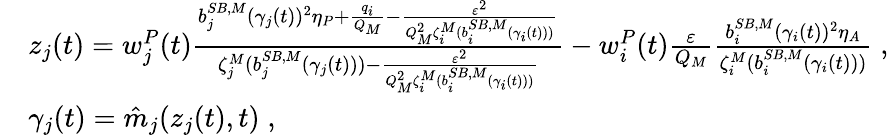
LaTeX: \begin{array}{rl}&{z_{j}(t)=w_{j}^{P}(t)\frac{{b}_{j}^{SB,M}(\gamma_{j}(t))^{2}\eta_{P}+\frac{q_{i}}{Q_{M}}-\frac{\varepsilon^{2}}{Q_{M}^{2}\zeta_{i}^{M}({b}_{i}^{SB,M}(\gamma_{i}(t)))}}{\zeta_{j}^{M}({b}_{j}^{SB,M}(\gamma_{j}(t)))-\frac{\varepsilon^{2}}{Q_{M}^{2}\zeta_{i}^{M}({b}_{i}^{SB,M}(\gamma_{i}(t)))}}-w_{i}^{P}(t)\frac{\varepsilon}{Q_{M}}\frac{{b}_{i}^{SB,M}(\gamma_{i}(t))^{2}\eta_{A}}{\zeta_{i}^{M}({b}_{i}^{SB,M}(\gamma_{i}(t)))}\; ,}\\ &{\gamma_{j}(t)=\hat{m}_{j}(z_{j}(t),t)\; ,}\end{array}